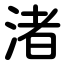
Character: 渚